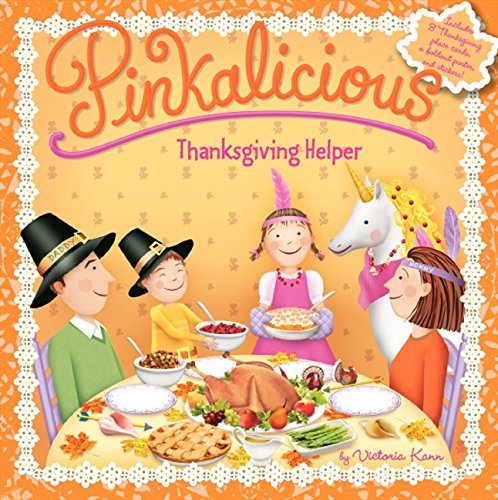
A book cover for Pinkalicious: Thanksgiving Helper; Victoria Kann; Children's Books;